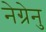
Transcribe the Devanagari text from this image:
नेग्रेनु